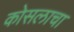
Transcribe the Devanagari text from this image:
कोसलाचा